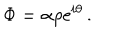
LaTeX: \Phi = \alpha \rho \mathrm { e } ^ { i \theta } \, .